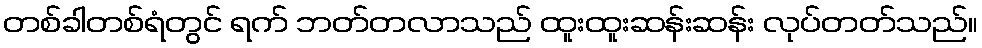
တစ်ခါတစ်ရံတွင် ရက် ဘတ်တလာသည် ထူးထူးဆန်းဆန်း လုပ်တတ်သည်။